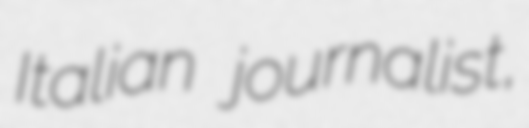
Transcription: Italian journalist,